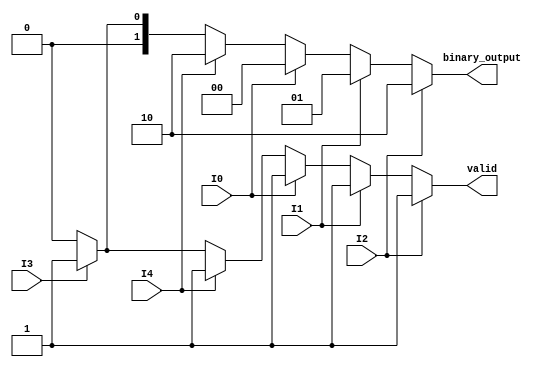
module dual_priority_encoder (
    input wire I0, I1, I2, // Group 1 inputs
    input wire I3, I4,     // Group 2 inputs
    output reg [1:0] binary_output, // Binary output
    output reg valid       // Valid output
);

always @(*) begin
    // Default values
    binary_output = 2'b00;
    valid = 1'b0;

    // Check Group 1 inputs first (Higher Priority)
    if (I2) begin
        binary_output = 2'b10; // Output for I2
        valid = 1'b1;
    end else if (I1) begin
        binary_output = 2'b01; // Output for I1
        valid = 1'b1;
    end else if (I0) begin
        binary_output = 2'b00; // Output for I0
        valid = 1'b1;
    end 
    // If no Group 1 inputs are active, check Group 2 inputs
    else if (I4) begin
        binary_output = 2'b10; // Output for I4
        valid = 1'b1;
    end else if (I3) begin
        binary_output = 2'b01; // Output for I3
        valid = 1'b1;
    end 
    // If no inputs are active, binary_output and valid remain at their default values
end

endmodule